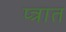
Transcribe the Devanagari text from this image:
प्त्रात